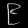
Digit: ၉